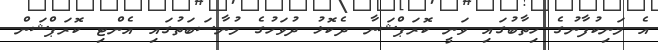
އެ މަނިކުފާނުގެ ހިތާބުގައި ވަނީ ކޮރަޕްޝަނާ ދެކޮޅު ދުވަހުގެ މުނާސަބަތުގައި އެންޓި ކޮރަޕްޝަން